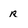
Character: r